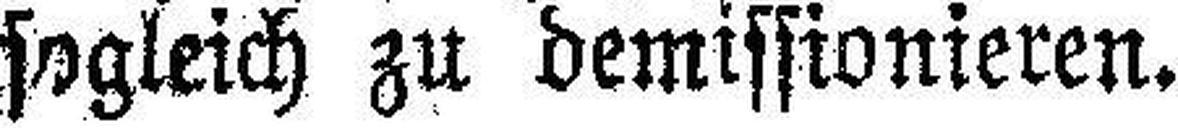
sogleich zu demissionieren.